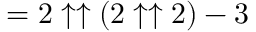
= 2 \uparrow \uparrow ( 2 \uparrow \uparrow 2 ) - 3